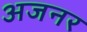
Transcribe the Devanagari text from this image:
अजनर